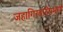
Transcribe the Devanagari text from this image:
जहागिरदारीप्रमाणे